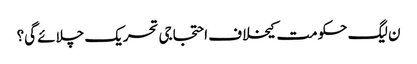
ن لیگ حکومت کیخلاف احتجاجی تحریک چلائے گی؟